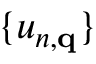
\{ u _ { n , { \bf q } } \}